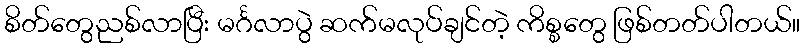
စိတ်တွေညစ်လာပြီး မင်္ဂလာပွဲ ဆက်မလုပ်ချင်တဲ့ ကိစ္စတွေ ဖြစ်တတ်ပါတယ်။